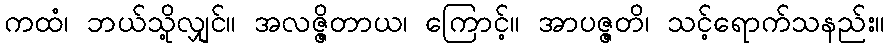
ကထံ၊ ဘယ်သို့လျှင်။ အလဇ္ဇိတာယ၊ ကြောင့်။ အာပဇ္ဇတိ၊ သင့်ရောက်သနည်း။